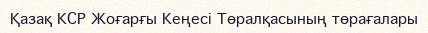
Қазақ КСР Жоғарғы Кеңесі Төралқасының төрағалары